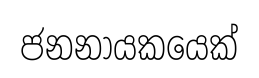
ජනනායකයෙක්